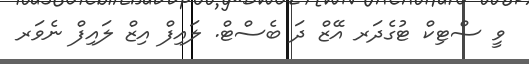
ވީ ސްޓިކް ޓުގެދަރ އޭޒް ދަ ބެސްޓް. ލައިފް އިޒް ލައިފް ނެވަރ